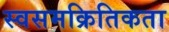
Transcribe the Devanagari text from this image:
स्वसमक्रितिकता